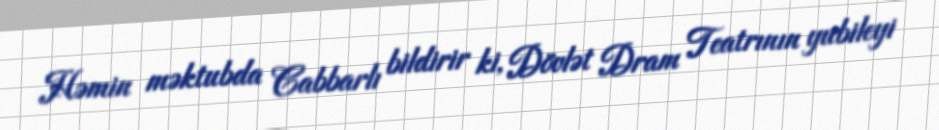
Həmin məktubda Cabbarlı bildirir ki, Dövlət Dram Teatrının yubileyi